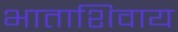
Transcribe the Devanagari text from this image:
भाताशिवाय